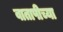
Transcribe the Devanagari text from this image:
वातापीच्या